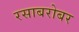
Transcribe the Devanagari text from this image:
रसाबरोबर